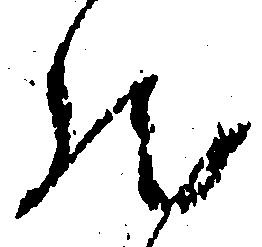
然